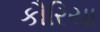
કૌરિયા